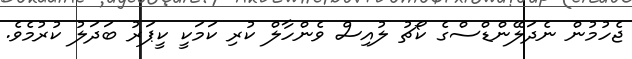
ޖެހުމުން ނެދަލޭންޑްސްގެ ކޯޗު ލުއިސް ވެންހާލް ކުރި ކަމަކީ ކީޕަރު ބަދަލު ކުރުމެވެ.